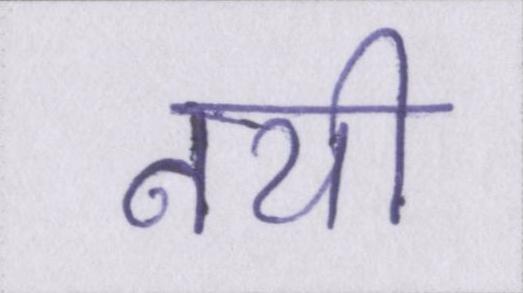
नयी